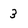
Character: 3